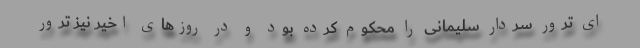
ای ترور سردار سلیمانی را محکوم کرده بود و در روزهای اخیر نیز ترور